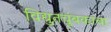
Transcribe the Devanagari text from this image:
विद्युतचुंबकाचा